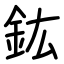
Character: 鈜